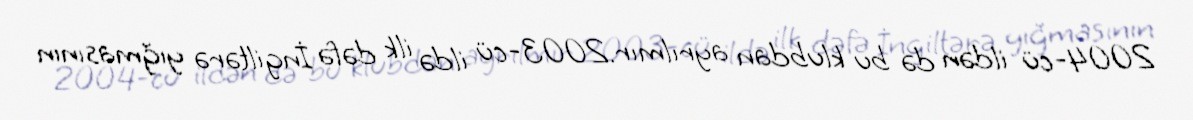
2004-cü ildən də bu klubdan ayrılmır.2003-cü ildə ilk dəfə İngiltərə yığmasının